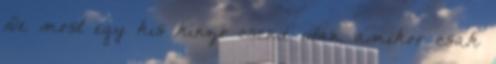
De most egy kis kínzó csend után, amikor csak